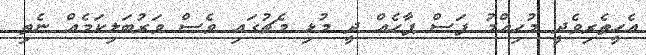
އެހީތެރިވެދީ މުހިއްމު ފަސް ޕާހެއް ދީ މުޅި މެޗުގައި ވެސް ވަރުބަލިކަމެއް ނެތި